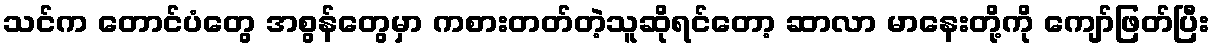
သင်က တောင်ပံတွေ အစွန်တွေမှာ ကစားတတ်တဲ့သူဆိုရင်တော့ ဆာလာ မာနေးတို့ကို ကျော်ဖြတ်ပြီး